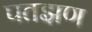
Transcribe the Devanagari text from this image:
पतझण